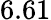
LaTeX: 6.61